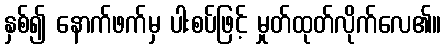
နှစ်၍ နောက်ဖက်မှ ပါးစပ်ဖြင့် မှုတ်ထုတ်လိုက်လေ၏။